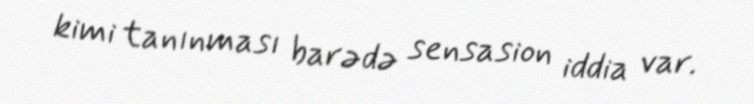
kimi tanınması barədə sensasion iddia var.